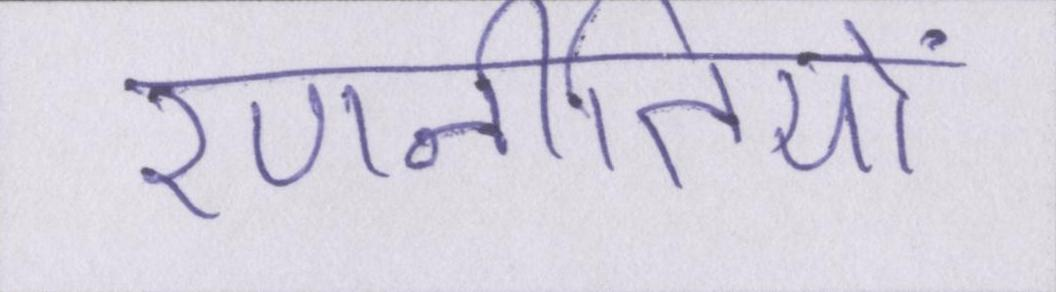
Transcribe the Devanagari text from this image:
रणनीतियों